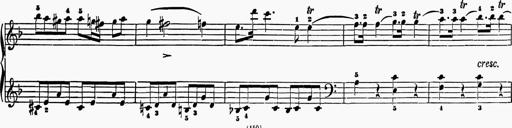
Title: 6 Sonatas
Composer: Muzio Clementi